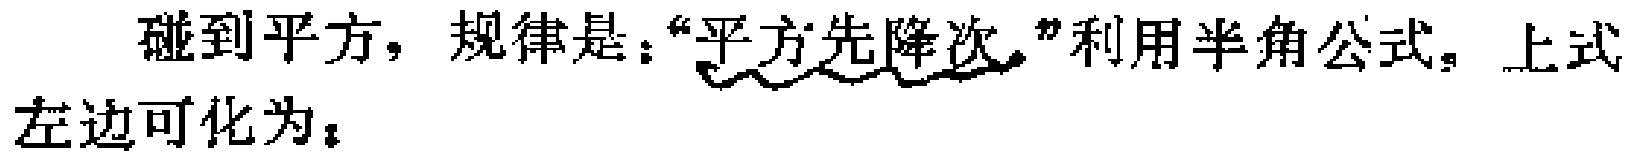
碰到平方，规律是：“平方先降次”利用半角公式，上式左边可化为：